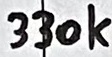
Text: 330k